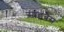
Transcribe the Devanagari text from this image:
साइबेस